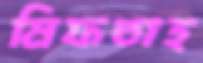
মিফতাহ